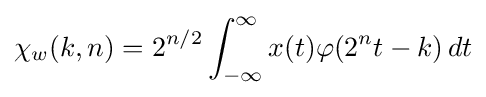
\chi _{w}(k,n)=2^{n/2}\int _{-\infty }^{\infty }x(t)\varphi (2^{n}t-k)\,dt